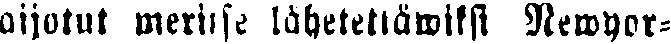
aijotut meritse lähetettäwiksi Newyor-